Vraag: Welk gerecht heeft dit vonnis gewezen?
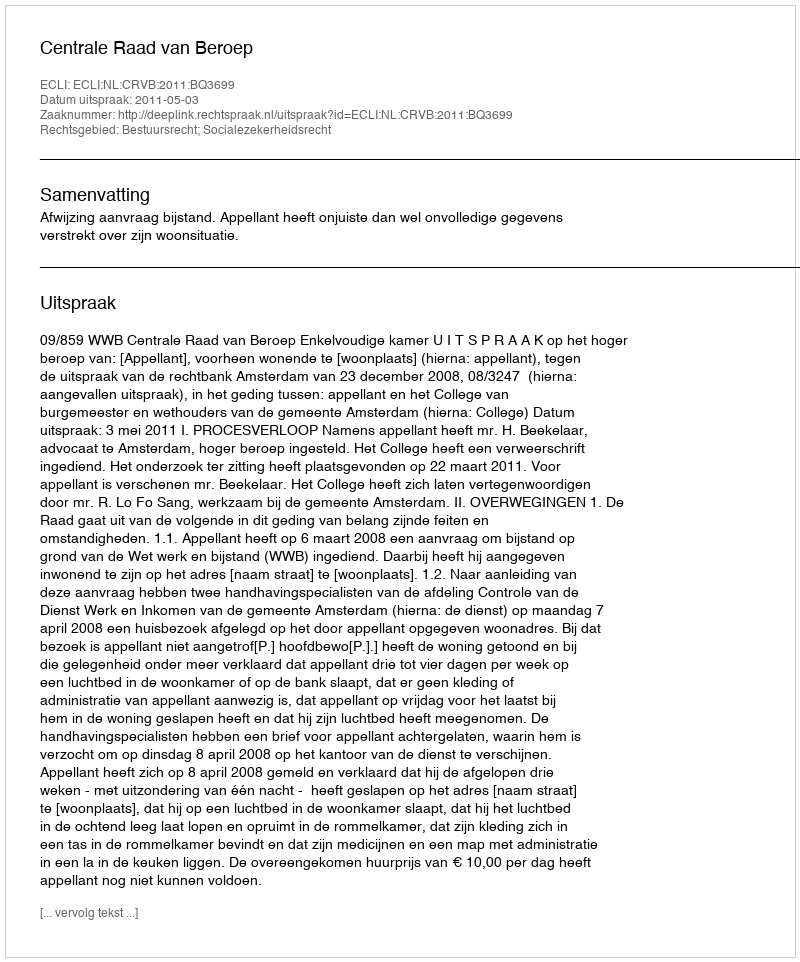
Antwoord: Centrale Raad van Beroep